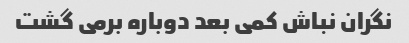
نگران نباش کمی بعد دوباره برمی گشت